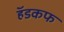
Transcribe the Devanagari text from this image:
हॅडकफ